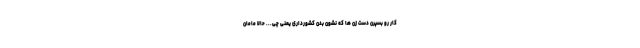
کار رو بسپرن دست زن ها که نشون بدن کشورداری یعنی چی... حالا مامان